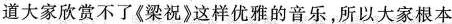
道大家欣赏不了《梁祝》这样优雅的音乐，所以大家根本